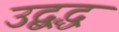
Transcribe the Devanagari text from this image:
उद्बद्ध